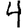
Digit: 4